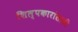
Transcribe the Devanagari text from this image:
शिल्पकारांसाठी